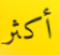
أكثر